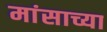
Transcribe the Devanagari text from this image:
मांसाच्या